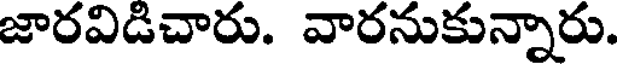
జారవిడిచారు. వారనుకున్నారు.